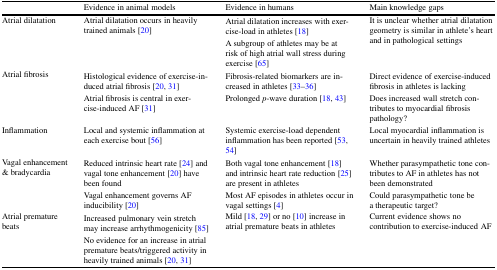
<table><thead><tr><td></td><td><b>Evidence in animal models</b></td><td><b>Evidence in humans</b></td><td><b>Main knowledge gaps</b></td></tr></thead><tbody><tr><td rowspan="2">Atrial dilatation</td><td rowspan="2">Atrial dilatation occurs in heavily trained animals [20]</td><td>Atrial dilatation increases with exercise-load in athletes [18]</td><td rowspan="2">It is unclear whether atrial dilatation geometry is similar in athlete’s heart and in pathological settings</td></tr><tr><td>A subgroup of athletes may be at risk of high atrial wall stress during exercise [65]</td></tr><tr><td rowspan="2">Atrial fibrosis</td><td>Histological evidence of exercise-induced atrial fibrosis [20, 31]</td><td>Fibrosis-related biomarkers are increased in athletes [33–36]</td><td>Direct evidence of exercise-induced fibrosis in athletes is lacking</td></tr><tr><td>Atrial fibrosis is central in exercise-induced AF [31]</td><td>Prolonged <i>p</i>-wave duration [18, 43]</td><td>Does increased wall stretch contributes to myocardial fibrosis pathology?</td></tr><tr><td>Inflammation</td><td>Local and systemic inflammation at each exercise bout [56]</td><td>Systemic exercise-load dependent inflammation has been reported [53, 54]</td><td>Local myocardial inflammation is uncertain in heavily trained athletes</td></tr><tr><td rowspan="2">Vagal enhancement &amp; bradycardia</td><td>Reduced intrinsic heart rate [24] and vagal tone enhancement [20] have been found</td><td>Both vagal tone enhancement [18] and intrinsic heart rate reduction [25] are present in athletes</td><td>Whether parasympathetic tone contributes to AF in athletes has not been demonstrated</td></tr><tr><td>Vagal enhancement governs AF inducibility [20]</td><td>Most AF episodes in athletes occur in vagal settings [4]</td><td>Could parasympathetic tone be a therapeutic target?</td></tr><tr><td rowspan="2">Atrial premature beats</td><td>Increased pulmonary vein stretch may increase arrhythmogenicity [85]</td><td rowspan="2">Mild [18, 29] or no [10] increase in atrial premature beats in athletes</td><td rowspan="2">Current evidence shows no contribution to exercise-induced AF</td></tr><tr><td>No evidence for an increase in atrial premature beats/triggered activity in heavily trained animals [20, 31]</td></tr></tbody></table>